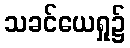
သခင်ယေရှု၌